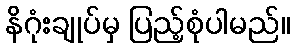
နိဂုံးချုပ်မှ ပြည့်စုံပါမည်။